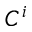
C ^ { i }